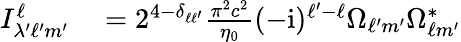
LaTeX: \begin{array}{rl}{I_{\lambda^{\prime}\ell^{\prime}m^{\prime}}^{\ell}}&{{}=2^{4-\delta_{\ell\ell^{\prime}}}\frac{\pi^{2}c^{2}}{\eta_{0}}(-\mathrm{i})^{\ell^{\prime}-\ell}\Omega_{\ell^{\prime}m^{\prime}}\Omega_{\ell m^{\prime}}^{*}}\end{array}